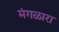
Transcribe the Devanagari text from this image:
मंगळारा